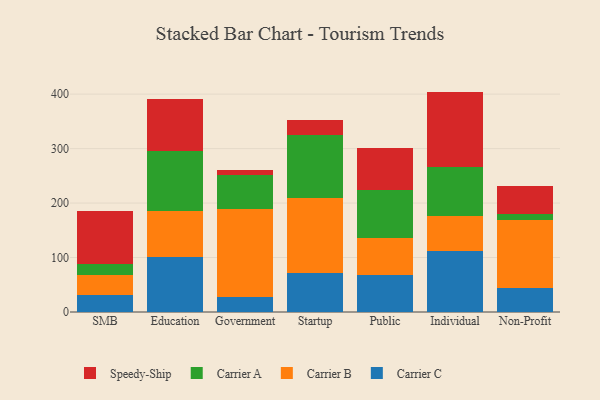
{"axis": {"x": "Segment", "y": "Gross Profit (USD K)"}, "legend": ["Carrier A", "Carrier B", "Carrier C", "Speedy-Ship"], "data": [{"x": "SMB", "y": 30.6, "type": "Carrier C"}, {"x": "SMB", "y": 37.4, "type": "Carrier B"}, {"x": "SMB", "y": 20.2, "type": "Carrier A"}, {"x": "SMB", "y": 97.9, "type": "Speedy-Ship"}, {"x": "Education", "y": 100.8, "type": "Carrier C"}, {"x": "Education", "y": 83.8, "type": "Carrier B"}, {"x": "Education", "y": 110.5, "type": "Carrier A"}, {"x": "Education", "y": 95.3, "type": "Speedy-Ship"}, {"x": "Government", "y": 28.3, "type": "Carrier C"}, {"x": "Government", "y": 161.4, "type": "Carrier B"}, {"x": "Government", "y": 62.7, "type": "Carrier A"}, {"x": "Government", "y": 8.2, "type": "Speedy-Ship"}, {"x": "Startup", "y": 70.8, "type": "Carrier C"}, {"x": "Startup", "y": 139.1, "type": "Carrier B"}, {"x": "Startup", "y": 114.8, "type": "Carrier A"}, {"x": "Startup", "y": 28.0, "type": "Speedy-Ship"}, {"x": "Public", "y": 68.2, "type": "Carrier C"}, {"x": "Public", "y": 68.1, "type": "Carrier B"}, {"x": "Public", "y": 87.2, "type": "Carrier A"}, {"x": "Public", "y": 76.9, "type": "Speedy-Ship"}, {"x": "Individual", "y": 111.4, "type": "Carrier C"}, {"x": "Individual", "y": 64.8, "type": "Carrier B"}, {"x": "Individual", "y": 90.5, "type": "Carrier A"}, {"x": "Individual", "y": 137.9, "type": "Speedy-Ship"}, {"x": "Non-Profit", "y": 44.8, "type": "Carrier C"}, {"x": "Non-Profit", "y": 123.8, "type": "Carrier B"}, {"x": "Non-Profit", "y": 11.5, "type": "Carrier A"}, {"x": "Non-Profit", "y": 51.0, "type": "Speedy-Ship"}]}